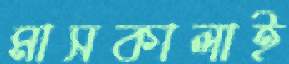
মাসকালাই